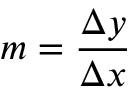
m = { \frac { \Delta y } { \Delta x } }